Vaccine operations Central Provinces 1886-1899 - 1886-1899
Year: 1886
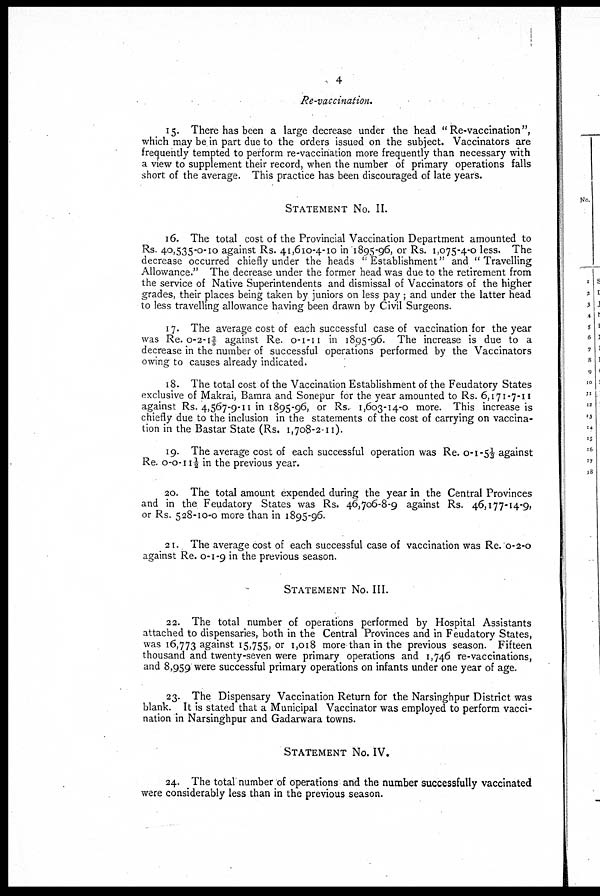
4
Re-vaccination.
15. There has been a large decrease under the head " Re-vaccination",
which may be in part due to the orders issued on the subject. Vaccinators are
frequently tempted to perform re-vaccination more frequently than necessary with
a view to supplement their record, when the number of primary operations falls
short of the average. This practice has been discouraged of late years.
STATEMENT No. II.
16. The total cost of the Provincial Vaccination Department amounted to
Rs. 40,535-0-10 against Rs. 41,610-4-10 in 1895-96, or Rs. 1,075-4-0 less. The
decrease occurred chiefly under the heads "Establishment" and "Travelling
Allowance." The decrease under the former head was due to the retirement from
the service of Native Superintendents and dismissal of Vaccinators of the higher
grades, their places being taken by juniors on less pay ; and under the latter head
to less travelling allowance having been drawn by Civil Surgeons.
17. The average cost of each successful case of vaccination for the year
was Re. 0-2-1 2/5 against Re. 0-1-11 in 1895-96. The increase is due to a
decrease in the number of successful operations performed by the Vaccinators
owing to causes already indicated.
18. The total cost of the Vaccination Establishment of the Feudatory States
exclusive of Makrai, Bamra and Sonepur for the year amounted to Rs. 6,171-7-11
against Rs. 4,567-9-11 in 1895-96, or Rs. 1,603-14-0 more. This increase is
chiefly due to the inclusion in the statements of the cost of carrying on vaccina-
tion in the Bastar State (Rs. 1,708-2-11).
19. The average cost of each successful operation was Re. 0-1-5 1/3 against
Re. 0-0-11 1/2 in the previous year.
20. The total amount expended during the year in the Central Provinces
and in the Feudatory States was Rs. 46,706-8-9 against Rs. 46,177-14-9,
or Rs. 528-10-0 more than in 1895-96.
21. The average cost of each successful case of vaccination was Re. 0-2-0
against Re. 0-1-9 in the previous season.
STATEMENT No. III.
22. The total number of operations performed by Hospital Assistants
attached to dispensaries, both in the Central Provinces and in Feudatory States,
was 16,773 against 15,755, or 1,018 more than in the previous season. Fifteen
thousand and twenty-seven were primary operations and 1,746 re-vaccinations,
and 8,959 were successful primary operations on infants under one year of age.
23. The Dispensary Vaccination Return for the Narsinghpur District was
blank. It is stated that a Municipal Vaccinator was employed to perform vacci-
nation in Narsinghpur and Gadarwara towns.
STATEMENT No. IV.
24. The total number of operations and the number successfully vaccinated
were considerably less than in the previous season.